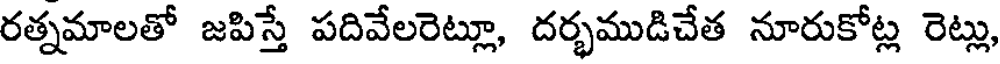
రత్నమాలతో జపిస్తే పదివేలరెట్లూ, దర్భముడిచేత నూరుకోట్ల రెట్లు,